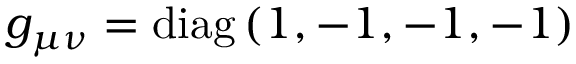
g _ { \mu \nu } = \mathrm { d i a g } \, ( 1 , - 1 , - 1 , - 1 )